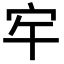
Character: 𭓠